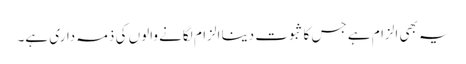
یہ بھی الزام ہے جس کا ثبوت دینا الزام لگانے والوں کی ذمہ داری ہے۔